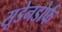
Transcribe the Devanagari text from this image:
सूडेनडोर्फ